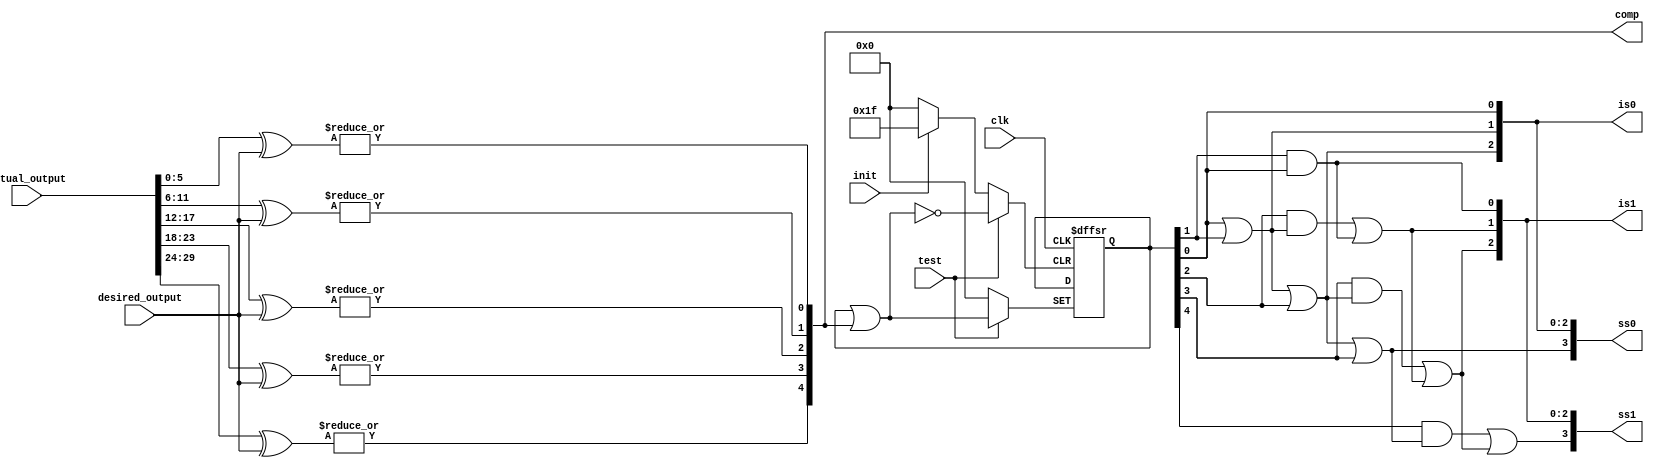
`timescale 1ns / 1ps

module csa_double_mul_sel_gen2(clk, init, test, actual_output, desired_output, is0, is1, ss0, ss1, comp);
input clk, init, test;
input [29:0]actual_output;
input [5:0]desired_output;
output [2:0]is0, is1;
output [3:0] ss0, ss1;
output wire [4:0]comp;
reg [4:0]reg_out;
//Comparision
assign comp[0] = |(actual_output[5:0] ^ desired_output),
    comp[1] = |(actual_output[11:6] ^ desired_output),
    comp[2] = |(actual_output[17:12] ^ desired_output),
    comp[3] = |(actual_output[23:18] ^ desired_output),
    comp[4] = |(actual_output[29:24] ^ desired_output);

always @(posedge clk, posedge init, posedge test)
    if (init)
        reg_out <= 0;
    else if(test)
        reg_out <= reg_out | comp;
        
assign is0[0] = reg_out[0],
    is0[1] = reg_out[0] | reg_out[1],
    is0[2] = is0[1] | reg_out[2],
    
    ss0[0] = is0[0],
    ss0[1] = is0[1],
    ss0[2] = is0[2],
    ss0[3] = is0[2] | reg_out[3],
    
    is1[0] = reg_out[1] & is0[0],
    is1[1] = (reg_out[2] & is0[1]) | is1[0],
    is1[2] = (reg_out[3] & is0[2]) | is1[1],
    
    ss1[0] = is1[0],
    ss1[1] = is1[1],
    ss1[2] = is1[2],
    ss1[3] = (reg_out[4] & ss0[3]) | ss1[2];

endmodule